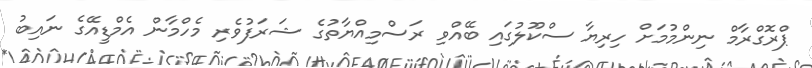
ޕްރޮގްރާމް ނިންމުމަށް ހިރިޔާ ސްކޫލުގައި ބޭއްވި ރަސްމިއްޔާތުގެ ޝަރަފުވެރި މެހްމާން އެމްޑީއޭގެ ނައިބު